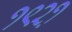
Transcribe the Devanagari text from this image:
१९२१़